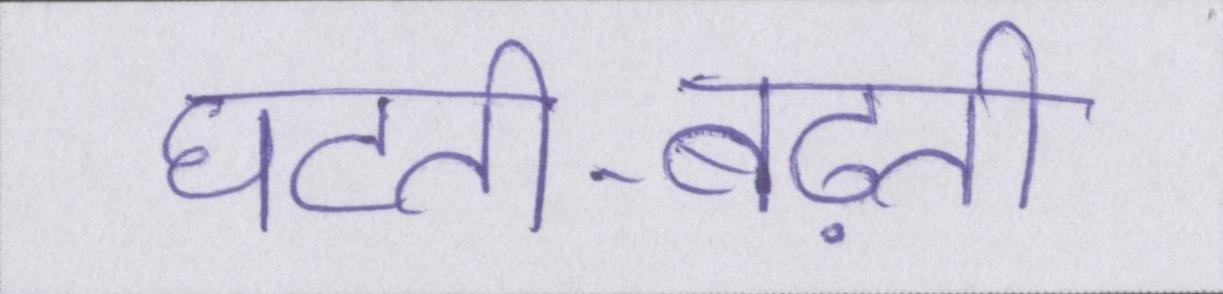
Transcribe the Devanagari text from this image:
घटती-बढ़ती